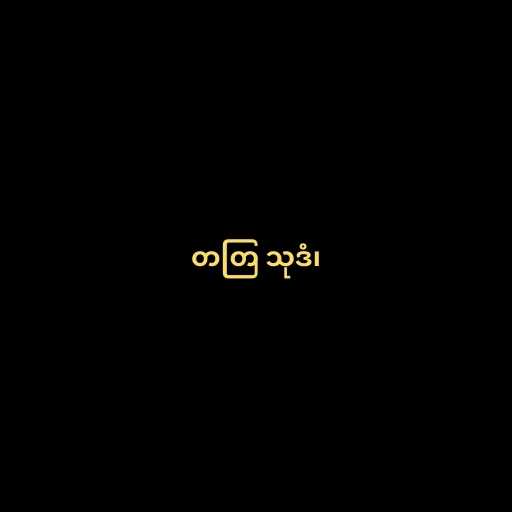
တတြ သုဒံ၊